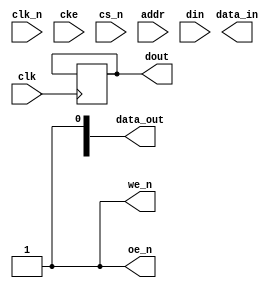
module ddr3_io_block #(
    parameter DATA_WIDTH = 32, // Data bus width
    parameter ADDR_WIDTH = 15   // Address bus width
)(
    input wire clk,             // DDR clock
    input wire clk_n,           // Inverted DDR clock
    input wire cke,             // Clock enable
    input wire cs_n,            // Chip select (active low)
    input wire [ADDR_WIDTH-1:0] addr, // Address bus
    input wire [DATA_WIDTH-1:0] din,  // Data input
    output reg [DATA_WIDTH-1:0] dout,  // Data output
    output reg we_n,            // Write enable (active low)
    output reg oe_n,            // Output enable (active low)
    output reg [DATA_WIDTH-1:0] data_out, // Data output for DDR
    output reg [DATA_WIDTH-1:0] data_in   // Data input from DDR
);

    // FIFO buffers for read and write operations
    reg [DATA_WIDTH-1:0] write_fifo [0:15]; // Write FIFO
    reg [DATA_WIDTH-1:0] read_fifo [0:15];  // Read FIFO
    integer write_ptr, read_ptr; // Pointers for FIFO

    // Timing control parameters
    localparam tRCD = 20; // Example timing parameter
    localparam tCAS = 15;
    localparam tRP  = 10;
    localparam tWR  = 10;

    // Power management state
    reg power_down;

    // Initialize pointers and state
    initial begin
        write_ptr = 0;
        read_ptr = 0;
        power_down = 0;
        dout = 0;
        we_n = 1; // inactive
        oe_n = 1; // inactive
    end

    // Write operation
    always @(posedge clk) begin
        if (!cs_n && !we_n) begin // Active chip select and write enable
            write_fifo[write_ptr] <= din;
            write_ptr <= (write_ptr + 1) % 16; // Circular buffer
            // Timing control can be implemented here
        end
    end

    // Read operation
    always @(posedge clk) begin
        if (!cs_n && !oe_n) begin // Active chip select and output enable
            dout <= read_fifo[read_ptr];
            read_ptr <= (read_ptr + 1) % 16; // Circular buffer
            // Timing control can be implemented here
        end
    end

    // Clock enable logic
    always @(posedge clk or negedge cke) begin
        if (!cke) begin
            power_down <= 1; // Enter power down mode
        end else begin
            power_down <= 0; // Exit power down mode
        end
    end

    // Command and address interface
    always @(posedge clk) begin
        // Implement command logic based on addr and control signals
        // This would include activating, precharging, refreshing, etc.
    end

    // Data integrity checks (parity or ECC) can be implemented here

endmodule